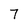
Character: 7